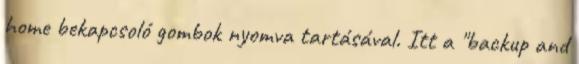
home bekapcsoló gombok nyomva tartásával. Itt a "backup and